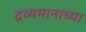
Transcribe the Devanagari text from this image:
द्रव्यमानाच्या